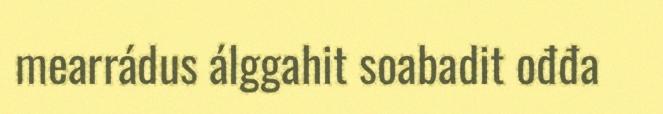
mearrádus álggahit soabadit ođđa